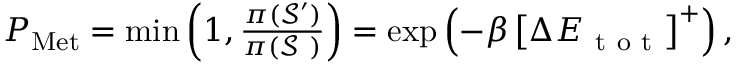
\begin{array} { r } { P _ { \mathrm { M e t } } = \operatorname* { m i n } \left( 1 , \frac { \pi ( \mathcal { S } ^ { \prime } ) } { \pi ( \mathcal { S } ~ ) } \right) = \exp \left( - \beta \left[ \Delta E _ { \mathrm { ~ t ~ o ~ t ~ } } \right] ^ { + } \right) , } \end{array}